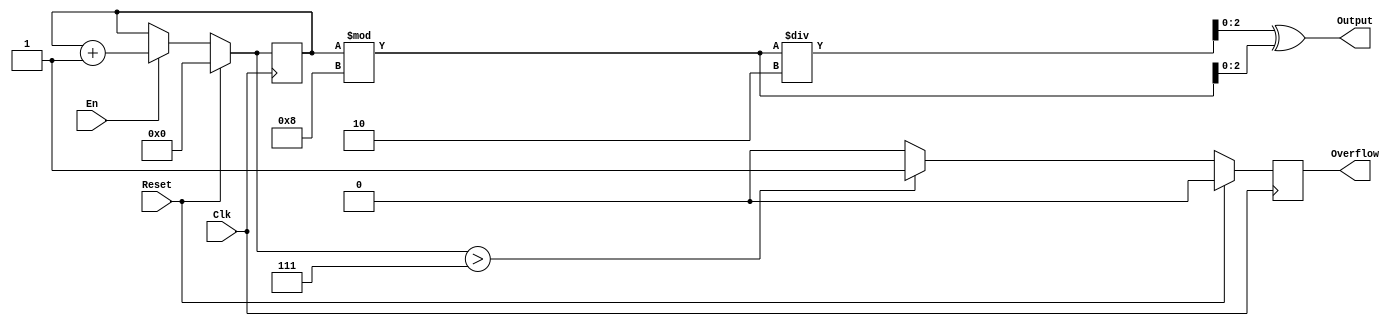
`timescale 1ns / 1ps
//////////////////////////////////////////////////////////////////////////////////
// Company: 
// Engineer: 
// 
// Design Name: 
// Module Name:    gray 
// Project Name: 
// Target Devices: 
// Tool versions: 
// Description: 
//
// Dependencies: 
//
// Revision: 
// Revision 0.01 - File Created
// Additional Comments: 
//
//////////////////////////////////////////////////////////////////////////////////
module gray(
    input Clk,
    input Reset,
    input En,
    output [2:0] Output,
    output Overflow
    );
	reg[31:0] counter;
	reg tmp;
	wire[28:0] comb;
	assign {comb[28:0],Output[2:0]} = (counter%8)/2 ^ (counter%8);
	assign Overflow = tmp;
	initial begin
		counter = 0;
		tmp = 0;
	end
	always @(posedge Clk) begin
		counter = (Reset == 1) ? 0 : 
				  (En == 1) ? counter + 1 : counter;
		tmp <= (Reset == 1) ? 0 :
			   (counter >7 ) ? 1 : 0;
	end
endmodule